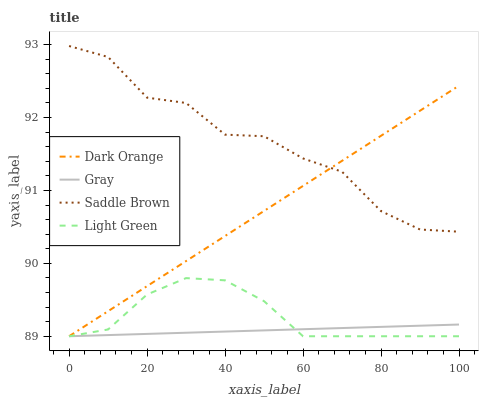
| xaxis_label | Dark Orange | Gray | Saddle Brown | Light Green |
 | --- | --- | --- | --- | --- |
 | 0 | 89 | 89 | 93 | 89 |
 | 10 | 89.3 | 89 | 92.8 | 89.1 |
 | 20 | 89.7 | 89 | 92.3 | 89.6 |
 | 30 | 90 | 89 | 92.2 | 89.8 |
 | 40 | 90.4 | 89.1 | 91.8 | 89.8 |
 | 50 | 90.7 | 89.1 | 91.7 | 89.5 |
 | 60 | 91.1 | 89.1 | 91.4 | 89 |
 | 70 | 91.4 | 89.1 | 91.3 | 89 |
 | 80 | 91.7 | 89.1 | 90.7 | 89 |
 | 90 | 92.1 | 89.1 | 90.5 | 89 |
 | 100 | 92.4 | 89.2 | 90.4 | 89 |